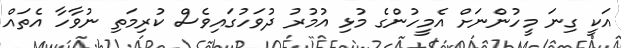
އަކީ ގިނަ މީހުންނަށް އެމީހުންގެ މުޅި އުމުރު ދުވަހުގައިވެސް ކުރިމަތި ނުވާހާ އެތައް